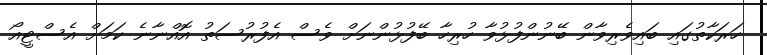
ހަރަކާތުގައި ބައިވެރިވާން ބޭނުންފުޅުވާ ހުރިހާ ބޭފުޅުންނަށް ވެސް އެފުރުސަތު އޮއްނާނެ ކަމަށް އެސްޓީއޯ